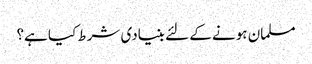
مسلمان ہونے کے لئے بنیادی شرط کیا ہے؟